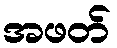
အဖတ်